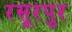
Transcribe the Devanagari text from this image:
रसूरपुर